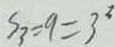
S _ { 3 } = 9 = 3 ^ { 3 }